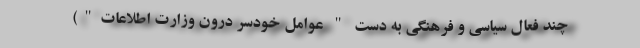
چند فعال سیاسی و فرهنگی به دست " عوامل خودسر درون وزارت اطلاعات")